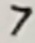
Text: 7